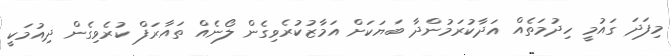
މިފަދަ ގައުމީ ހިދުމަތެއް އަދާކުރަމުންދާ ބަޔަކަށް އަމާޒުކުރެވިގެން ލޯނެއް ތައާރަފް ކުރެވިގެން ދިއުމަކީ